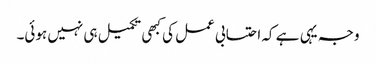
وجہ یہی ہے کہ احتسابی عمل کی کبھی تکمیل ہی نہیں ہوئی۔